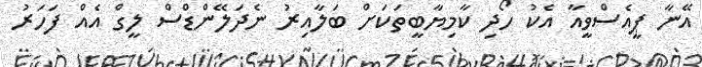
އޭނާ ޕީއެސްވީއާ އެކު ހޯދި ކާމިޔާބީތަކަށް ބަލާއިރު ނެދަލޭންޑްސް ލީގް އެއް ފަހަރު